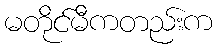
မတိုင်မီကတည်းက